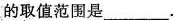
的取值范围是___.